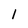
Character: 1